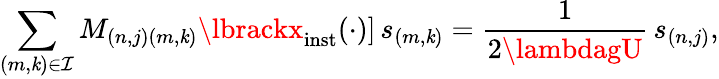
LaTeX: \sum_{(m,\mathit{k})\in\mathcal{{I}}}M_{(n,j)(m,\mathit{k})}\lbrackx_{\mathrm{{inst}}}(\cdot)\rbrack\, s_{(m,\mathit{k})}=\frac{{1}}{{2\lambdagU}}\, s_{(n,j)},